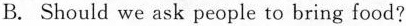
B. Should we ask people to bring food?